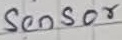
Text: Sensor